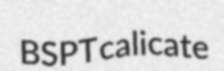
BSPT calicate